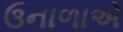
ઉનાળાએ